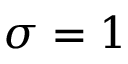
\sigma = 1